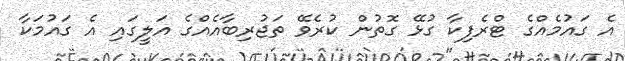
އެ ގައުމެއްގެ ޓްރެފިކާ ގުޅޭ ގޮތުން ކުރެވޭ ތަޖުރިބާއެއްގެ އަލީގައި އެ ގައުމަކާ